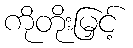
ကိုတိုးမြှင့်